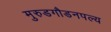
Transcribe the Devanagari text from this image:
मुरुडगौडनपल्य